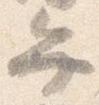
弁